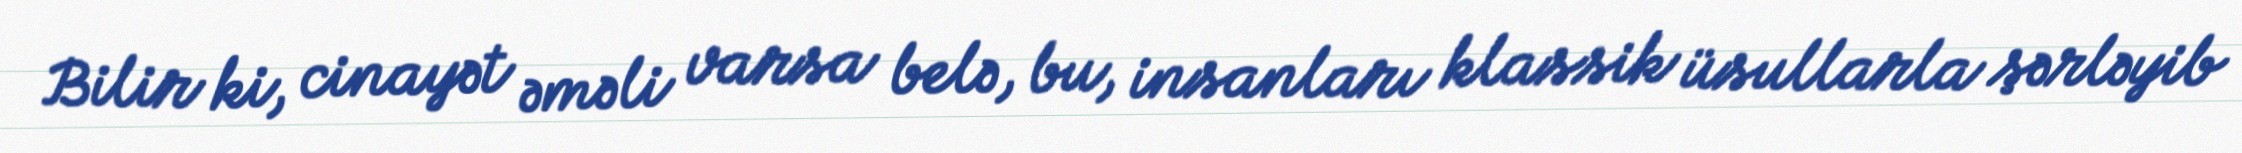
Bilir ki, cinayət əməli varsa belə, bu, insanları klassik üsullarla şərləyib